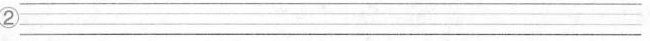
②___